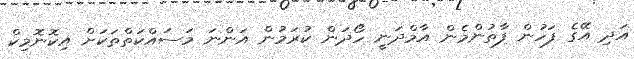
އަދި އޭގެ ފަހުން ފާތުންމެން އާމްދަނީ ހޯދަން ކުރަމުން އަންނަ މަސައްކަތްތަކަށް އިކޮނޮމިކް